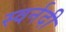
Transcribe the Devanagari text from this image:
स्वर्नदी